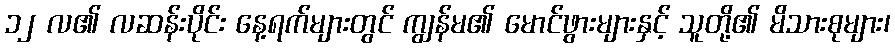
၁၂ လ၏ လဆန်းပိုင်း နေ့ရက်များတွင် ကျွန်မ၏ မောင်ဖွားများနှင့် သူတို့၏ မိသားစုများ၊